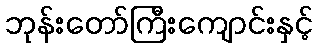
ဘုန်းတော်ကြီးကျောင်းနှင့်